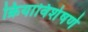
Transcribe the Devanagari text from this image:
क्रियाविशेषणे